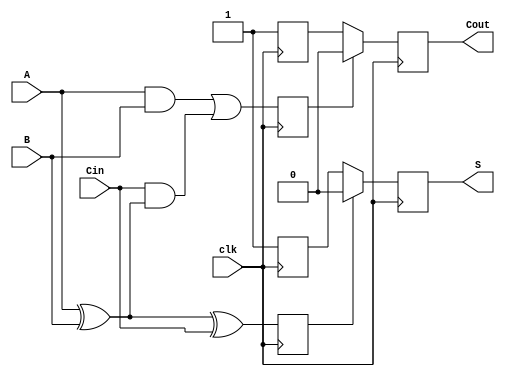
module dynamic_full_adder (
    input wire A,        // First input bit
    input wire B,        // Second input bit
    input wire Cin,      // Carry-in bit
    input wire clk,      // Clock signal
    output reg S,        // Sum output
    output reg Cout      // Carry-out output
);

    // Internal signals for precharge and evaluation
    reg S_precharge, Cout_precharge;
    reg S_eval, Cout_eval;

    // Precharge phase
    always @(posedge clk) begin
        // Precharge outputs to high
        S_precharge <= 1'b1;
        Cout_precharge <= 1'b1;
    end

    // Evaluation phase
    always @(negedge clk) begin
        // Evaluate the outputs based on inputs A, B, and Cin
        S_eval <= A ^ B ^ Cin; // S = A  B  Cin
        Cout_eval <= (A & B) | (Cin & (A ^ B)); // Cout = (A  B) + (Cin  (A  B))
        
        // Assign evaluated results to outputs
        S <= S_eval ? 1'b0 : S_precharge; // If S_eval is true, output S_eval
        Cout <= Cout_eval ? 1'b0 : Cout_precharge; // If Cout_eval is true, output Cout_eval
    end

endmodule